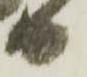
日